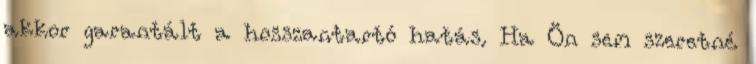
akkor garantált a hosszantartó hatás. Ha Ön sem szeretné